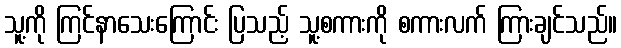
သူ့ကို ကြင်နာသေးကြောင်း ပြသည့် သူ့စကားကို စကားလက် ကြားချင်သည်။